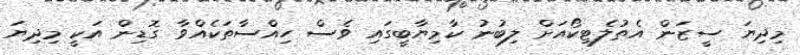
މިދިޔަ ސީޒަން އެތުލެޓިކޯއަށް ލިބުނު ކާމިޔާބީގައި ވެސް ހިއްސާތަކެއްވާ ގޮޑިން އަކީ މިދިޔަ